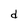
Character: d